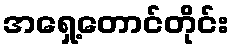
အရှေ့တောင်တိုင်း